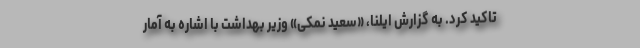
تاکید کرد. به گزارش ایلنا، «سعید نمکی» وزیر بهداشت با اشاره به آمار